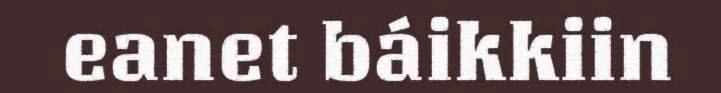
eanet báikkiin